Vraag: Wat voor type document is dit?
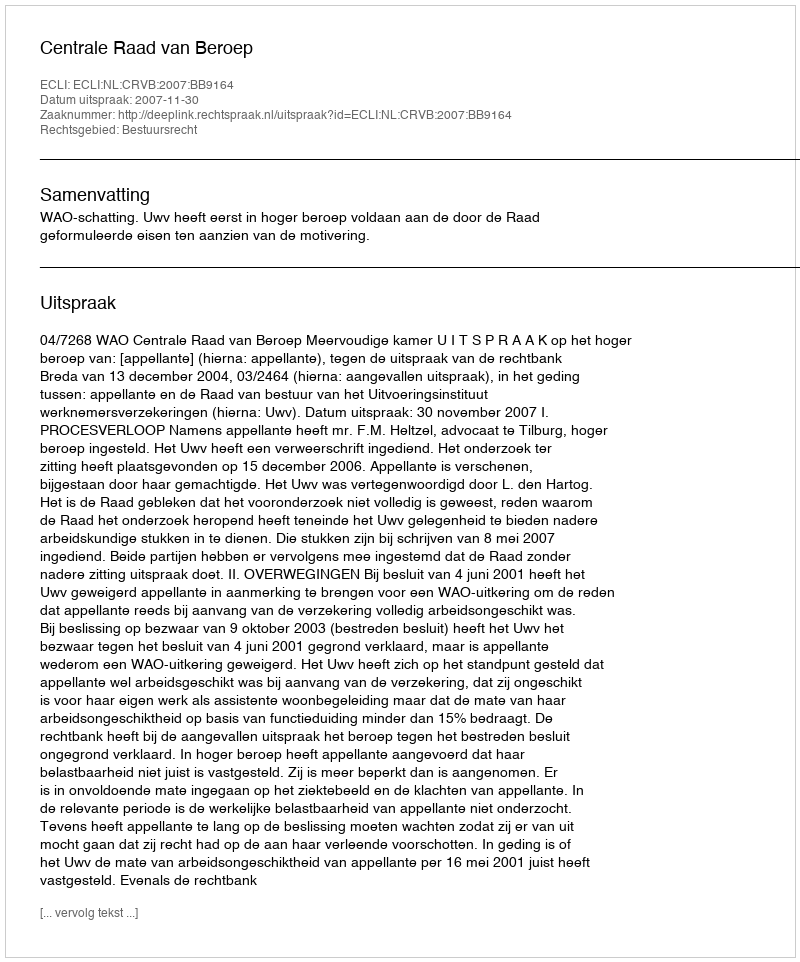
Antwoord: Uitspraak